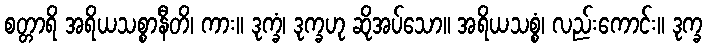
စတ္တာရိ အရိယသစ္စာနီတိ၊ ကား။ ဒုက္ခံ၊ ဒုက္ခဟု ဆိုအပ်သော။ အရိယသစ္စံ၊ လည်းကောင်း။ ဒုက္ခ